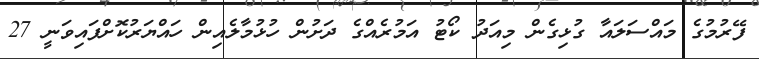
ފޭރުމުގެ މައްސަލައާ ގުޅިގެން މިއަދު ކޯޓު އަމުރެއްގެ ދަށުން ހުޅުމާލެއިން ހައްޔަރުކޮށްފައިވަނީ 27